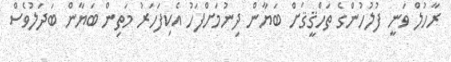
ރާހުލް ވަނީ ފުލުހުންގެ ތަހްޤީޤަށް ބަޔާން ދިނުމަށްފަހު އެކިފަހަރު މަތިން ބަޔާން ބަދަލުވެސް